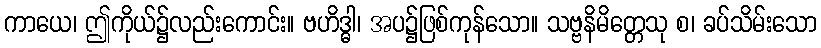
ကာယေ၊ ဤကိုယ်၌လည်းကောင်း။ ဗဟိဒ္ဓါ၊ အပ၌ဖြစ်ကုန်သော။ သဗ္ဗနိမိတ္တေသု စ၊ ခပ်သိမ်းသော